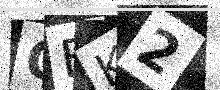
Text: QBK2